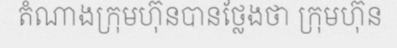
តំណាងក្រុមហ៊ុនបានថ្លែងថា ក្រុមហ៊ុន